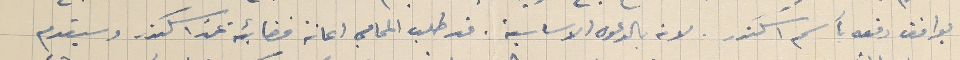
يوافق دفعه بأسم اسكندر. لانه بالدعوه الاساسية. قد طلب المحامي اعانة قضائية عن اسكندر وسيقدم